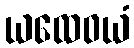
ယထေဝယံ